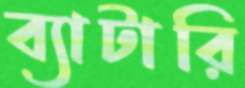
ব্যাটারি